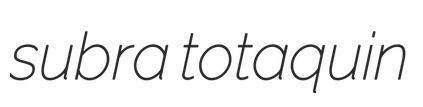
subra totaquin